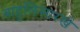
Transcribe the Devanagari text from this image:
बाहुलिसारखे